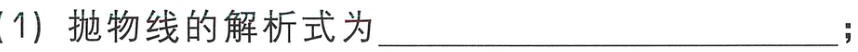
(1) 抛物线的解析式为____________________；